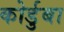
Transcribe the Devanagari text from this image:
कोर्डुबा